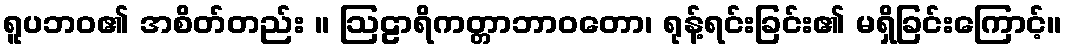
ရူပဘဝ၏ အစိတ်တည်း ။ ဩဠာရိကတ္တာဘာဝတော၊ ရုန့်ရင်းခြင်း၏ မရှိခြင်းကြောင့်။